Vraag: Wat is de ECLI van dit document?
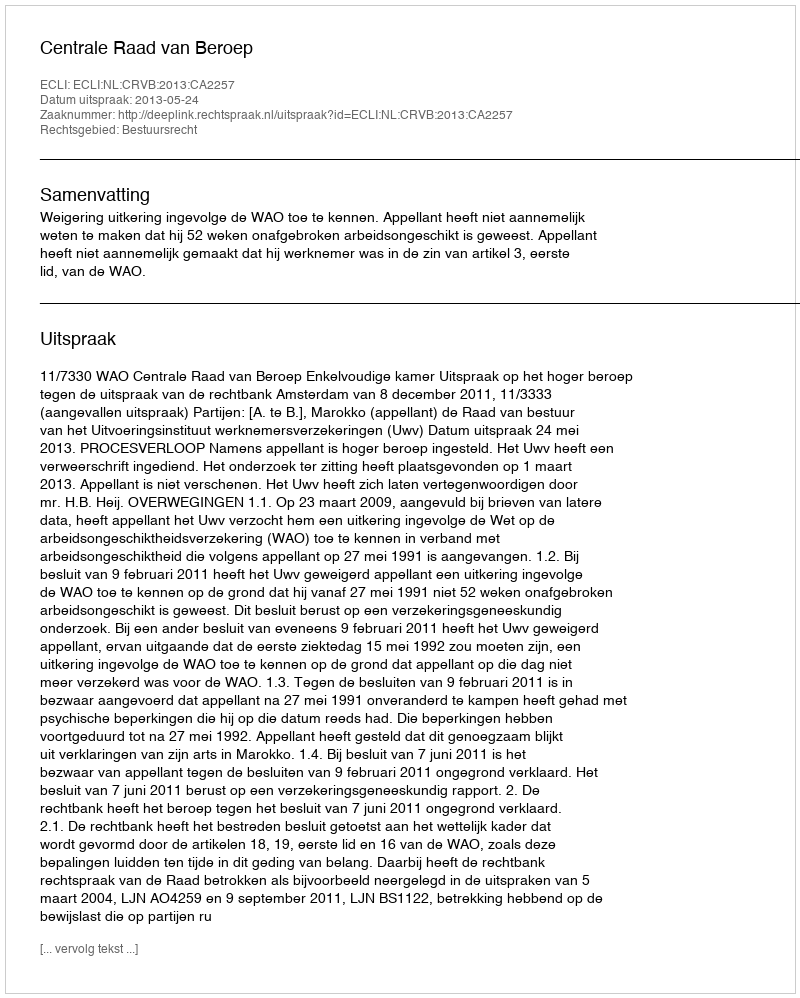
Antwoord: ECLI:NL:CRVB:2013:CA2257